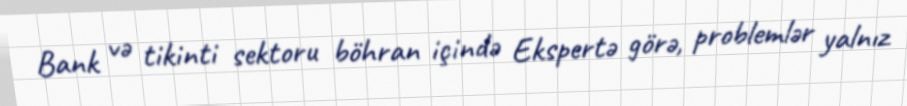
Bank və tikinti sektoru böhran içində Ekspertə görə, problemlər yalnız